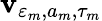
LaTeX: \mathbf{v}_{\varepsilon_{m},a_{m},\tau_{m}}